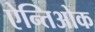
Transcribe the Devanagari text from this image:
ऐन्तिओक